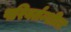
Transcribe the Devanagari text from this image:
परिवर्तन्शील